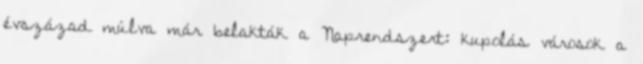
évszázad múlva már belakták a Naprendszert: kupolás városok a